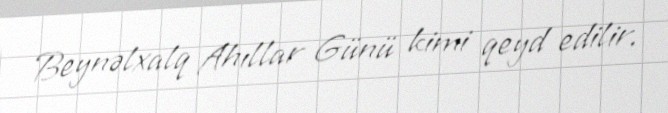
Beynəlxalq Ahıllar Günü kimi qeyd edilir.